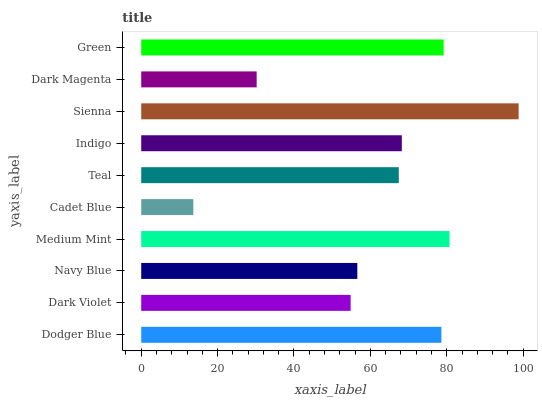
| yaxis_label | bars |
 | --- | --- |
 | Dodger Blue | 78.6 |
 | Dark Violet | 54.8 |
 | Navy Blue | 56.6 |
 | Medium Mint | 80.7 |
 | Cadet Blue | 13.6 |
 | Teal | 67.4 |
 | Indigo | 68.2 |
 | Sienna | 98.8 |
 | Dark Magenta | 30.2 |
 | Green | 79.2 |